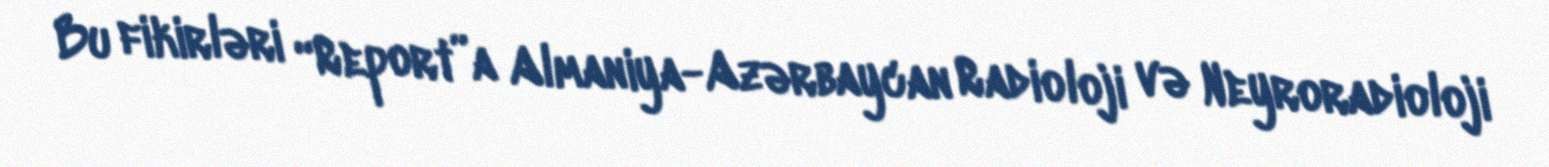
Bu fikirləri “Report”a Almaniya-Azərbaycan Radioloji və Neyroradioloji